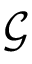
\mathcal { G }